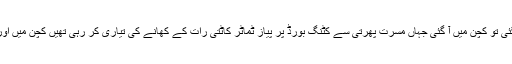
شام میں وہ کمرے میں بند پڑھتی تھی پھر مغرب ڈھل گئی تو کچن میں آ گئی جہاں مسرت پھرتی سے کٹنگ بورڈ پر پیاز ٹماٹر کاٹتی رات کے کھانے کی تیاری کر رہی تھیں کچن میں اور کوئی نہیں تھا اور سارا پھیلاؤ یقیناً انہیں کو سمیٹنا تھا۔